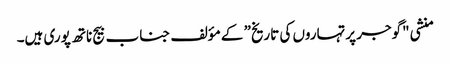
منشی "گوجر پرتہاروں کی تاریخ” کے مؤلف جناب بیج ناتھ پوری ہیں۔